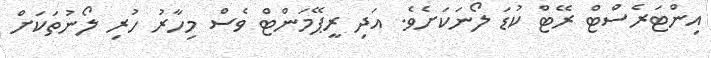
އިންޓަރެސްޓް ރޭޓް ކުޑަ ލޯނަކަށެވެ. އަދި ރީޕޭމަންޓް ވެސް މިހާރު ހުރި ލޯނުތަކަށް